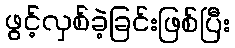
ဖွင့်လှစ်ခဲ့ခြင်းဖြစ်ပြီး